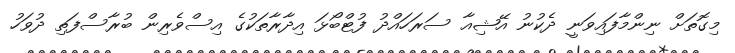
މިގޮތަށް ނިންމާފައިވަނީ ދެކުނު އޭޝިއާ ސަރަހައްދު ފުޓްބޯޅަ އިދާރާތަކުގެ އިސްވެރިން ބުރާސްފަތި ދުވަހު